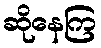
ဆိုနေကြ